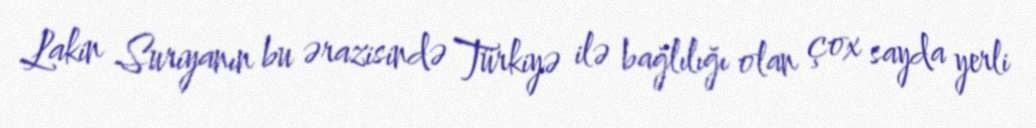
Lakin Suriyanın bu ərazisində Türkiyə ilə bağlılığı olan çox sayda yerli